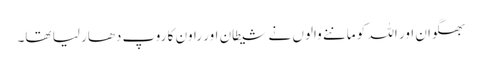
بھگوان اور اللہ کو ماننے والوں نے شیطان اور راون کا روپ دھار لیا تھا۔